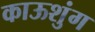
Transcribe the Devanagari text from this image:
काऊशुंग